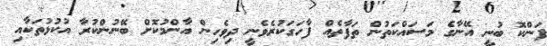
ފަންކޮ ބުނީ އޭނާގެ މަސައްކަތުން ތަފާތެއް ފާހަގަކުރެވެނީ ދިވެހިން އާންމުކޮށް ބޭނުންކުރާ އުކުޅުތަކާއި